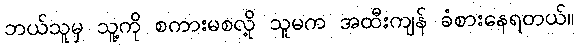
ဘယ်သူမှ သူ့ကို စကားမစလို့ သူမက အထီးကျန် ခံစားနေရတယ်။